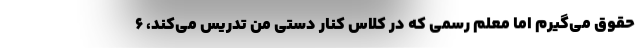
حقوق می‌گیرم اما معلم رسمی که در کلاس کنار دستی من تدریس می‌کند، ۶